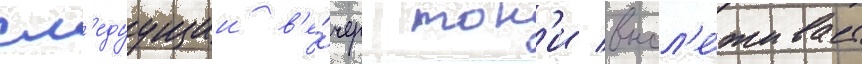
сл'едуущии в'е́чер тон'и высл'е́живает